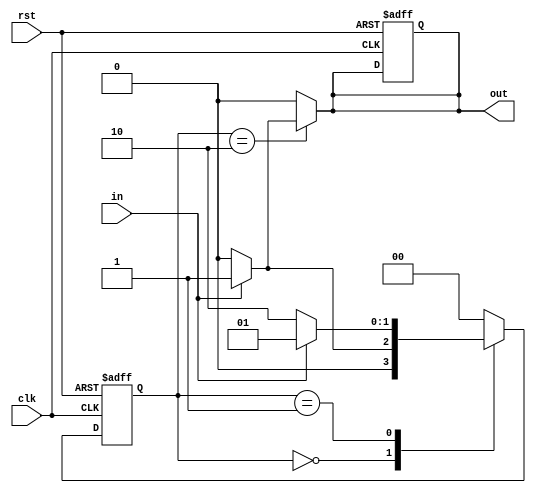
`timescale 1ns / 1ps

module mealy_sm_no(in,clk,rst,out);
input in,clk,rst;
output reg out;
reg[1:0]cst,nst;
parameter [1:0]s0=2'b00;
parameter [1:0]s1=2'b01;
parameter [1:0]s2=2'b10;
always@(posedge clk or posedge rst)
begin
 if(rst) begin
  out<=1'b0;
  cst<=s0;
  end
  else 
  begin
   cst<=nst; 
   end
  end 
  always@(*) begin
   nst=cst;
   out=1'b0;
   case(cst)
   s0:if(in)
      begin
      // out=1'b0;
       nst=s1;
       end 
      else begin
       //out=1'b0;
       nst=s0;
       end 
     s1:if(in)
       begin
      //  out=1'b0;
        nst=s1;
       end 
       else begin
      // out=1'b0;
       nst=s2;
       end 
      s2:if(in)
      begin 
       out=1'b1;
       nst=s0;
       end 
       else begin
      //  out=1'b0;
        nst=s0;
        end 
        default:begin 
        nst=s0;
        end
        endcase 
        
        end
endmodule